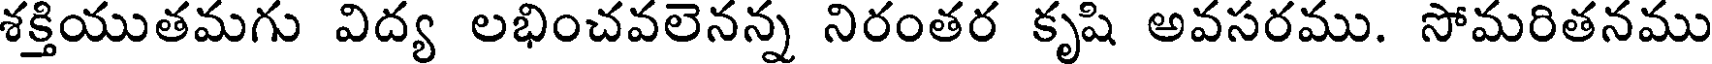
శక్తియుతమగు విద్య లభించవలెనన్న నిరంతర కృషి అవసరము. సోమరితనము